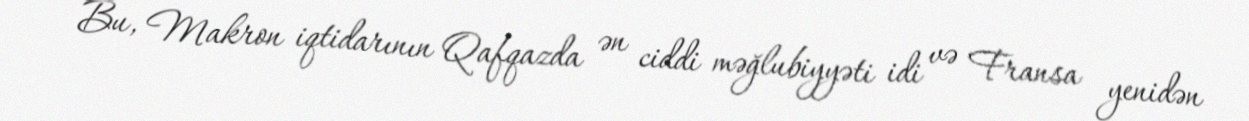
Bu, Makron iqtidarının Qafqazda ən ciddi məğlubiyyəti idi və Fransa yenidən